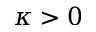
\kappa > 0